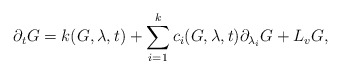
\begin{align*}\partial_tG=k(G,\lambda, t)+\sum_{i=1}^kc_i(G,\lambda, t)\partial_{\lambda_i}G+L_vG,\end{align*}